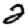
Digit: 2